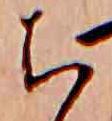
ち